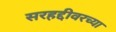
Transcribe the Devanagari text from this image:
सरहद्दीवरच्या